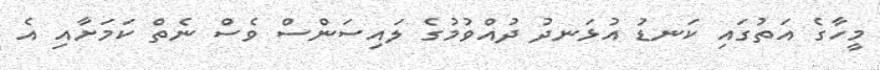
މީހާގެ އަތުގައި ކަނޑު އުޅަނދު ދުއްވުމުގެ ލައިސަންސް ވެސް ނެތް ކަމަށާއި އެ